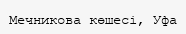
Мечникова көшесі, Уфа